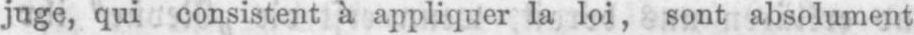
juge, qui consistent à appliquer la loi, sont absolument